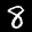
Label: 8